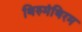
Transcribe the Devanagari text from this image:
थिरुमंथिरम